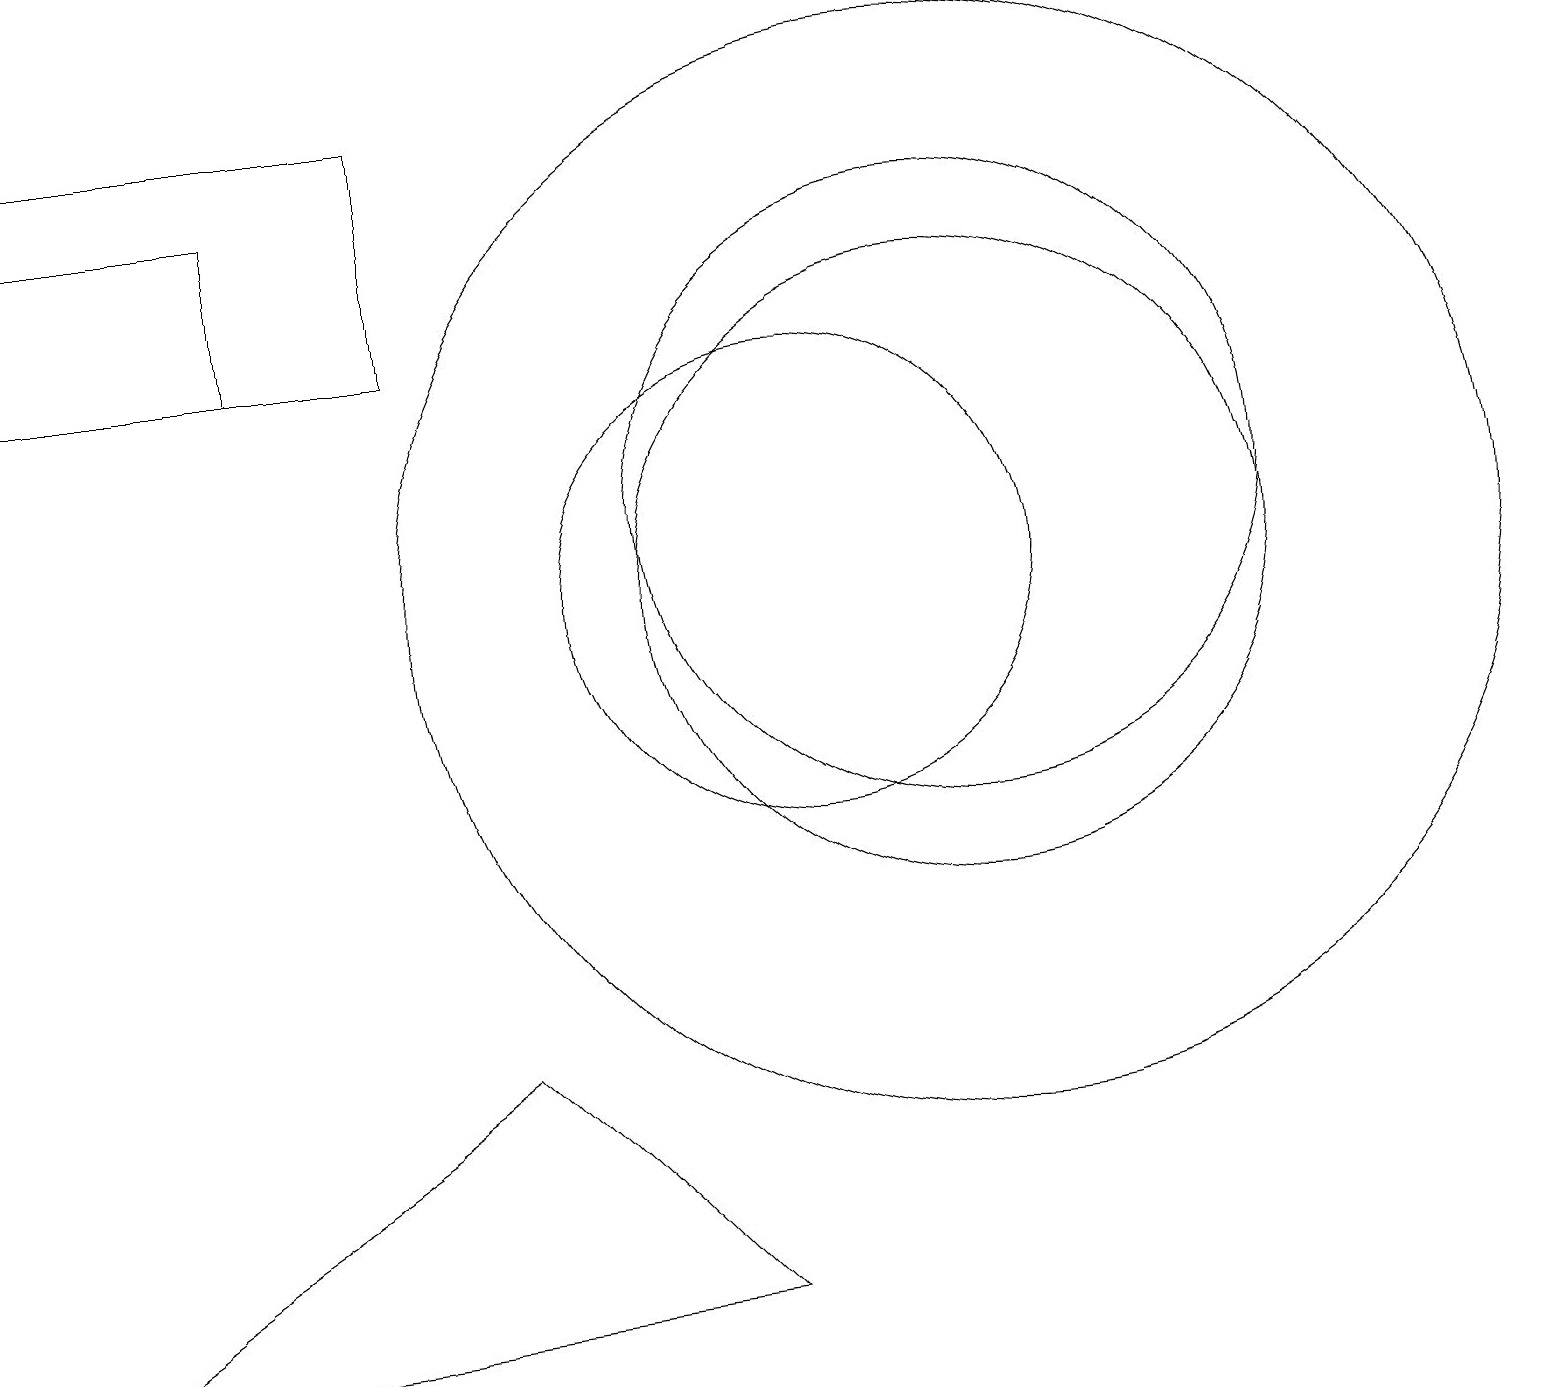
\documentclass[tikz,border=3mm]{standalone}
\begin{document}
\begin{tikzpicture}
\draw (12,10) circle (4);
\draw (3,15) rectangle (0,13);
\draw (6,4) -- (0,0) -- (9,1) -- cycle;
\draw (0,16) rectangle (5,13);
\draw (12,10) circle (7);
\draw (10,10) circle (3);
\draw (12,11) circle (4);
\draw (10,11) circle (0);
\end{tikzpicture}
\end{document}